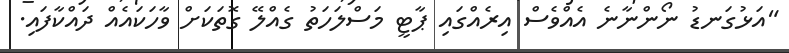
"އަޅުގަނޑު ނޯންނާނެ އެއްވެސް އިރެއްގައި ޕާޓީ މަސްލަހަތު ގެއްލޭ ގޮތަކަށް ވާހަކައެއް ދައްކާފައި.